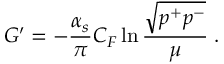
G ^ { \prime } = - \frac { \alpha _ { s } } { \pi } { \cal C } _ { F } \ln \frac { \sqrt { p ^ { + } p ^ { - } } } { \mu } \; .